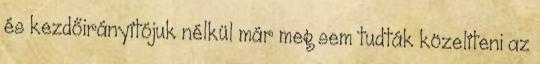
és kezdőirányítójuk nélkül már meg sem tudták közelíteni az